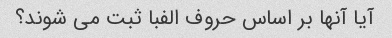
آیا آنها بر اساس حروف الفبا ثبت می شوند؟